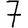
Digit: 7